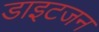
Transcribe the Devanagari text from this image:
डाइटजन